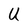
Character: U